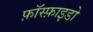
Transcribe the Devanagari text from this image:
फ़ॉस्फ़ाइडो